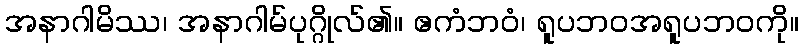
အနာဂါမိဿ၊ အနာဂါမ်ပုဂ္ဂိုလ်၏။ ဧကံဘဝံ၊ ရူပဘဝအရူပဘဝကို။